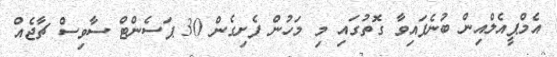
އެމްޕީއެލްއިން ބުނެފައިވާ ގޮތުގައި މި މަހުން ފެށިގެން 30 ޕަސެންޓް ސާވިސް ޗާޖެއް